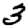
Digit: 3